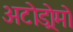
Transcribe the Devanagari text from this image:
अटोड्रोमो